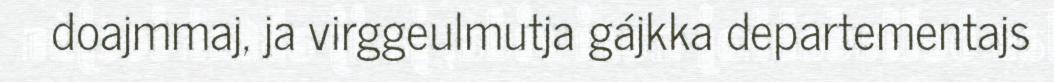
doajmmaj, ja virggeulmutja gájkka departementajs